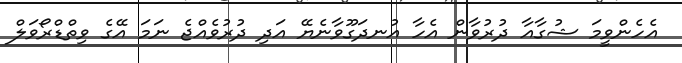
އެހެންވީމަ ޝުގާއާ ދުރުވާން އެހާ އުނދަގޫވާނެޔޭ އަދި ދުރުވެއްޖެ ނަމަ އޭގެ ވިތްޑްރޯވަލް